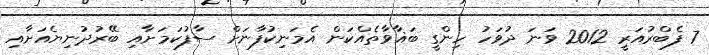
7 ފެބްރުއަރީ 2012 ވަނަ ދުވަހު ހިންގީ ބަޣާވާތެއްކަން އެމަނިކުފާނަށް ސާފުކަމަށާއި ބޭރުދުނިޔެއަށާއި